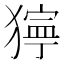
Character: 𤡛